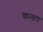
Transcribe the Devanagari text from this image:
कलप